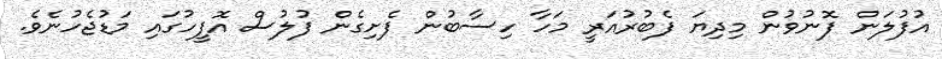
އުފުލަން ފޮނުވުން މިދިޔަ ފެބުރުއަރީ މަހާ ހިސާބުން ފެށިގެން ފުލުސް އޮފީހުގައި މަޑުޖެހުނެވެ.